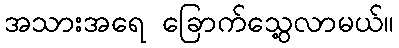
အသားအရေ ခြောက်သွေ့လာမယ်။